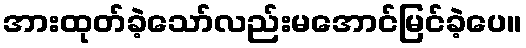
အားထုတ်ခဲ့သော်လည်းမအောင်မြင်ခဲ့ပေ။